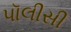
પૉલીસી